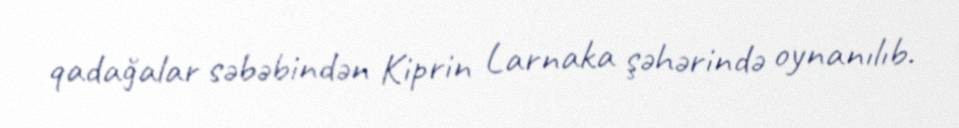
qadağalar səbəbindən Kiprin Larnaka şəhərində oynanılıb.